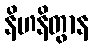
နိဟနိတွာန